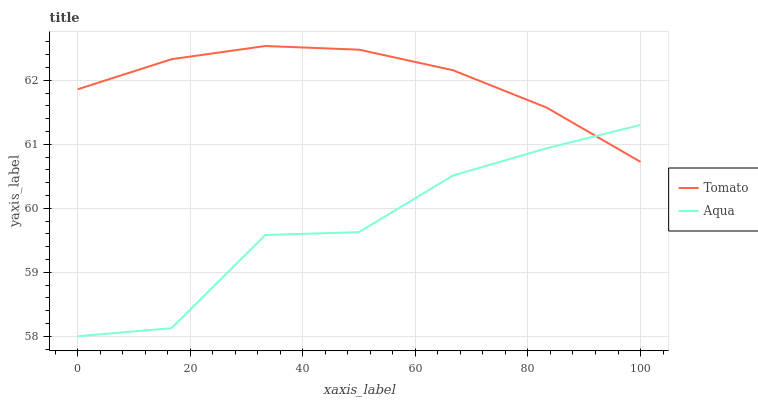
| xaxis_label | Tomato | Aqua |
 | --- | --- | --- |
 | 0 | 61.9 | 58 |
 | 16.7 | 62.3 | 58.1 |
 | 33.3 | 62.5 | 59.6 |
 | 50 | 62.5 | 59.6 |
 | 66.7 | 62.2 | 60.5 |
 | 83.3 | 61.6 | 60.9 |
 | 100 | 60.7 | 61.3 |